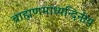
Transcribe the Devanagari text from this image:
ब्राह्मणमाध्यन्दिनीय